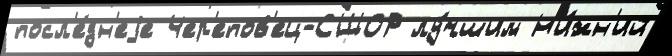
посл'е́дн'еjе Чер'епов'ец-СШОР лу́чшим Н'и́жн'ий